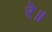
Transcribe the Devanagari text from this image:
रे॥